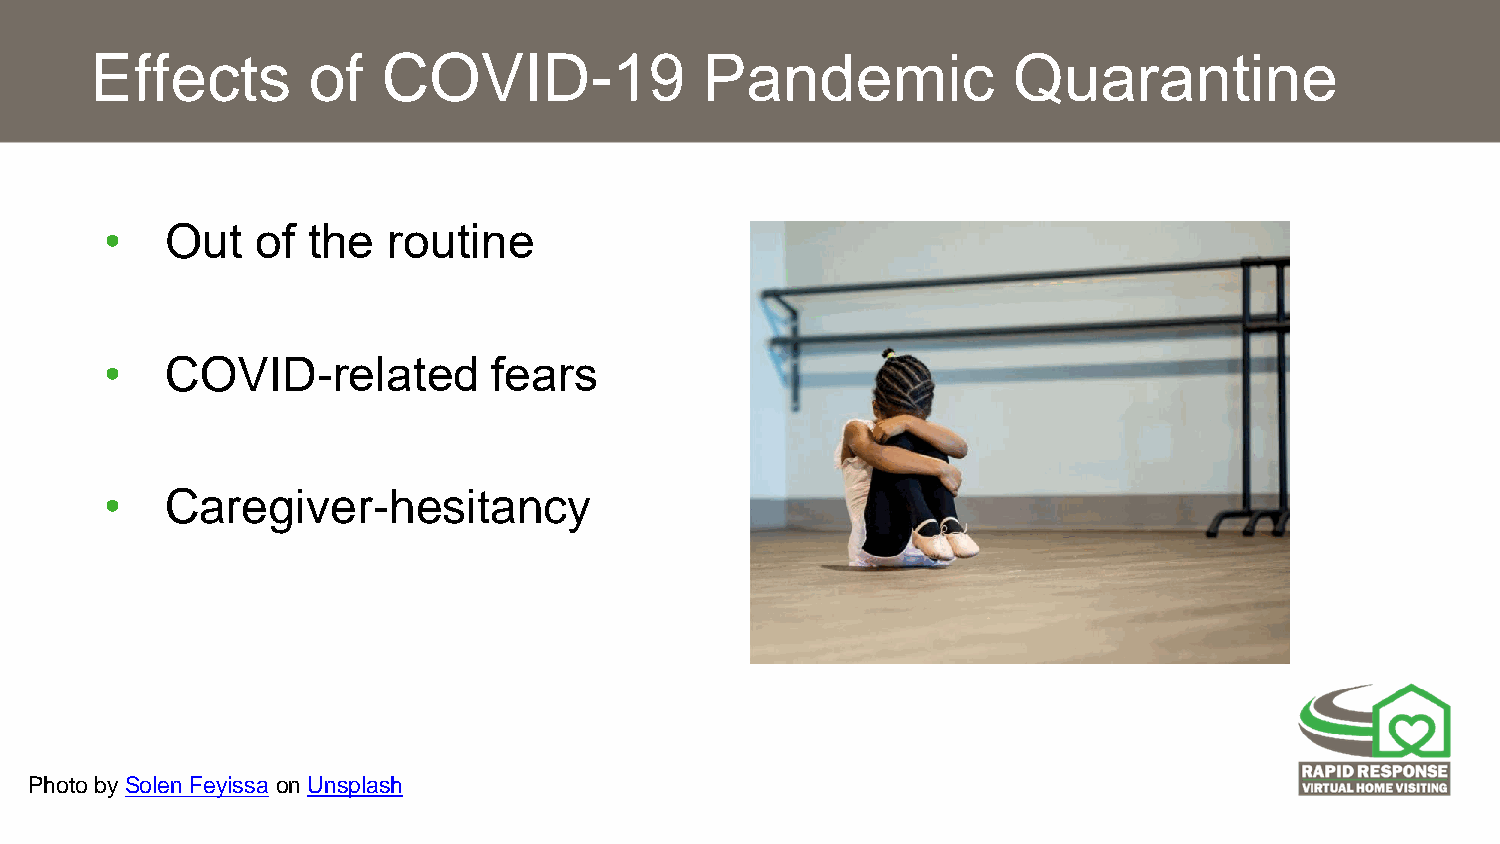
Effects       of   COVID-19              Pandemic            Quarantine             ​
 •   Out   of the   routine   ​
 •   COVID-related         fears  ​
 •   Caregiver-hesitancy
 Photo bySolen Feyissa onUnsplash